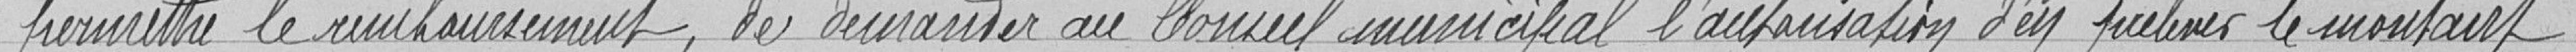
"permettre le remboursement, de demander au Conseil municipal l'autorisation d'en prélever le montant